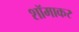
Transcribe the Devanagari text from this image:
शॉमाकर